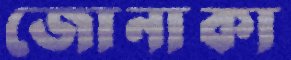
জোনাকা